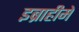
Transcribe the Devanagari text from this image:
इब्राहीमे